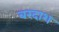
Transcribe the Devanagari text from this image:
बरदाश